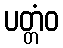
ပတ္တံဝ